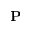
\mathbf P